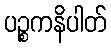
ပဉ္စကနိပါတ်